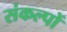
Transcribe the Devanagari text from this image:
संकल्‍पों